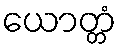
ယောတ္တံ